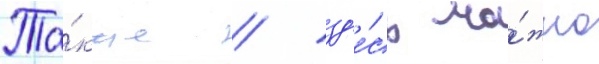
Та́кже / зд'е́сь мо́жно